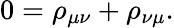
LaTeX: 0=\rho_{\mu\nu}+\rho_{\nu\mu}.